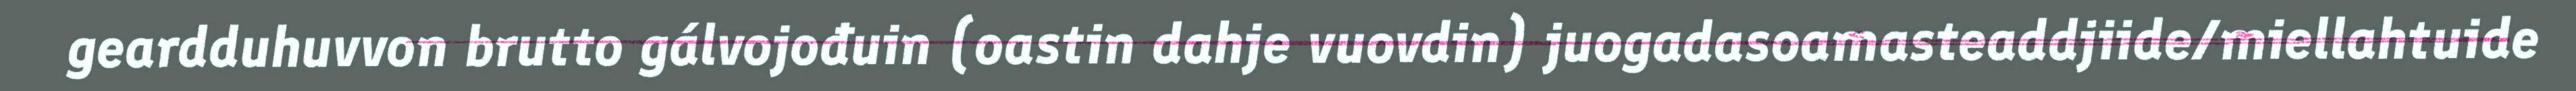
geardduhuvvon brutto gálvojođuin (oastin dahje vuovdin) juogadasoamasteaddjiide/miellahtuide